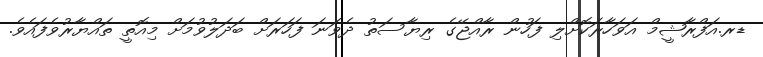
ޑރ.އަފްރާޝީމް އަވަހާރަކޮށްލި ފަހުން ރާއްޖޭގެ ރިޔާސަތު ދެވަނަ ފަހަރަށް ބަދަލުވުމަށް މިއޮތީ ތައްޔާރުވެފައެވެ.